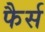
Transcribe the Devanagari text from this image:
फैर्स